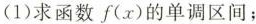
(1)求函数f(x)的单调区间；